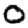
Digit: 0